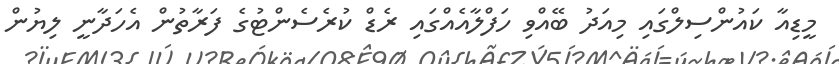
މީޑިއާ ކައުންސިލްގައި މިއަދު ބޭއްވި ހަފްލާއެއްގައި ރެޑް ކުރެސެންޓުގެ ފަރާތުން އެހަދާނީ ލިޔުން